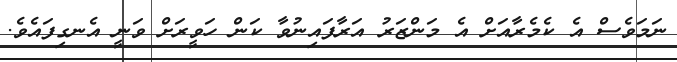
ނަމަވެސް އެ ކެމެރާއަށް އެ މަންޒަރު އަރާފައިނުވާ ކަން ހަވީރަށް ވަނީ އެނގިފައެވެ.